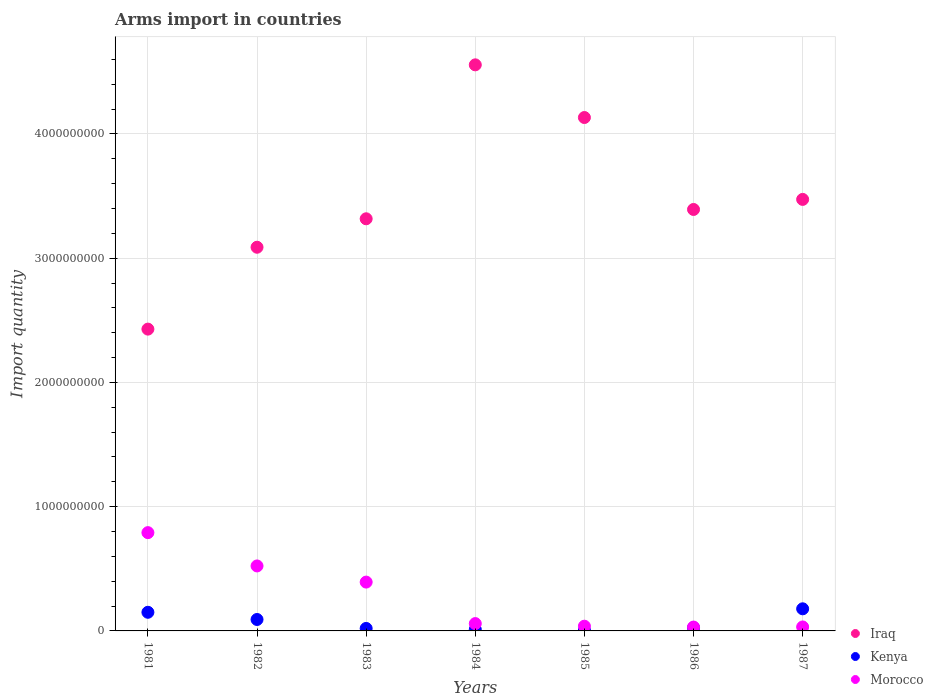
| Years | Iraq | Kenya | Morocco |
 | --- | --- | --- | --- |
 | 1981 | 2.43e+09 | 1.5e+08 | 7.91e+08 |
 | 1982 | 3.09e+09 | 9.2e+07 | 5.23e+08 |
 | 1983 | 3.32e+09 | 2e+07 | 3.93e+08 |
 | 1984 | 4.56e+09 | 1.2e+07 | 5.9e+07 |
 | 1985 | 4.13e+09 | 6e+06 | 3.8e+07 |
 | 1986 | 3.39e+09 | 2.6e+07 | 3.1e+07 |
 | 1987 | 3.47e+09 | 1.78e+08 | 3.2e+07 |